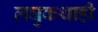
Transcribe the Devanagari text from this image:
लघुकथाही